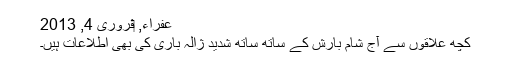
عفراء, ‏فروری 4, 2013
کچھ علاقوں سے آج شام بارش کے ساتھ ساتھ شدید ژالہ باری کی بھی اطلاعات ہیں۔